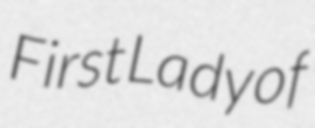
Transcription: First Lady of